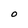
Character: O